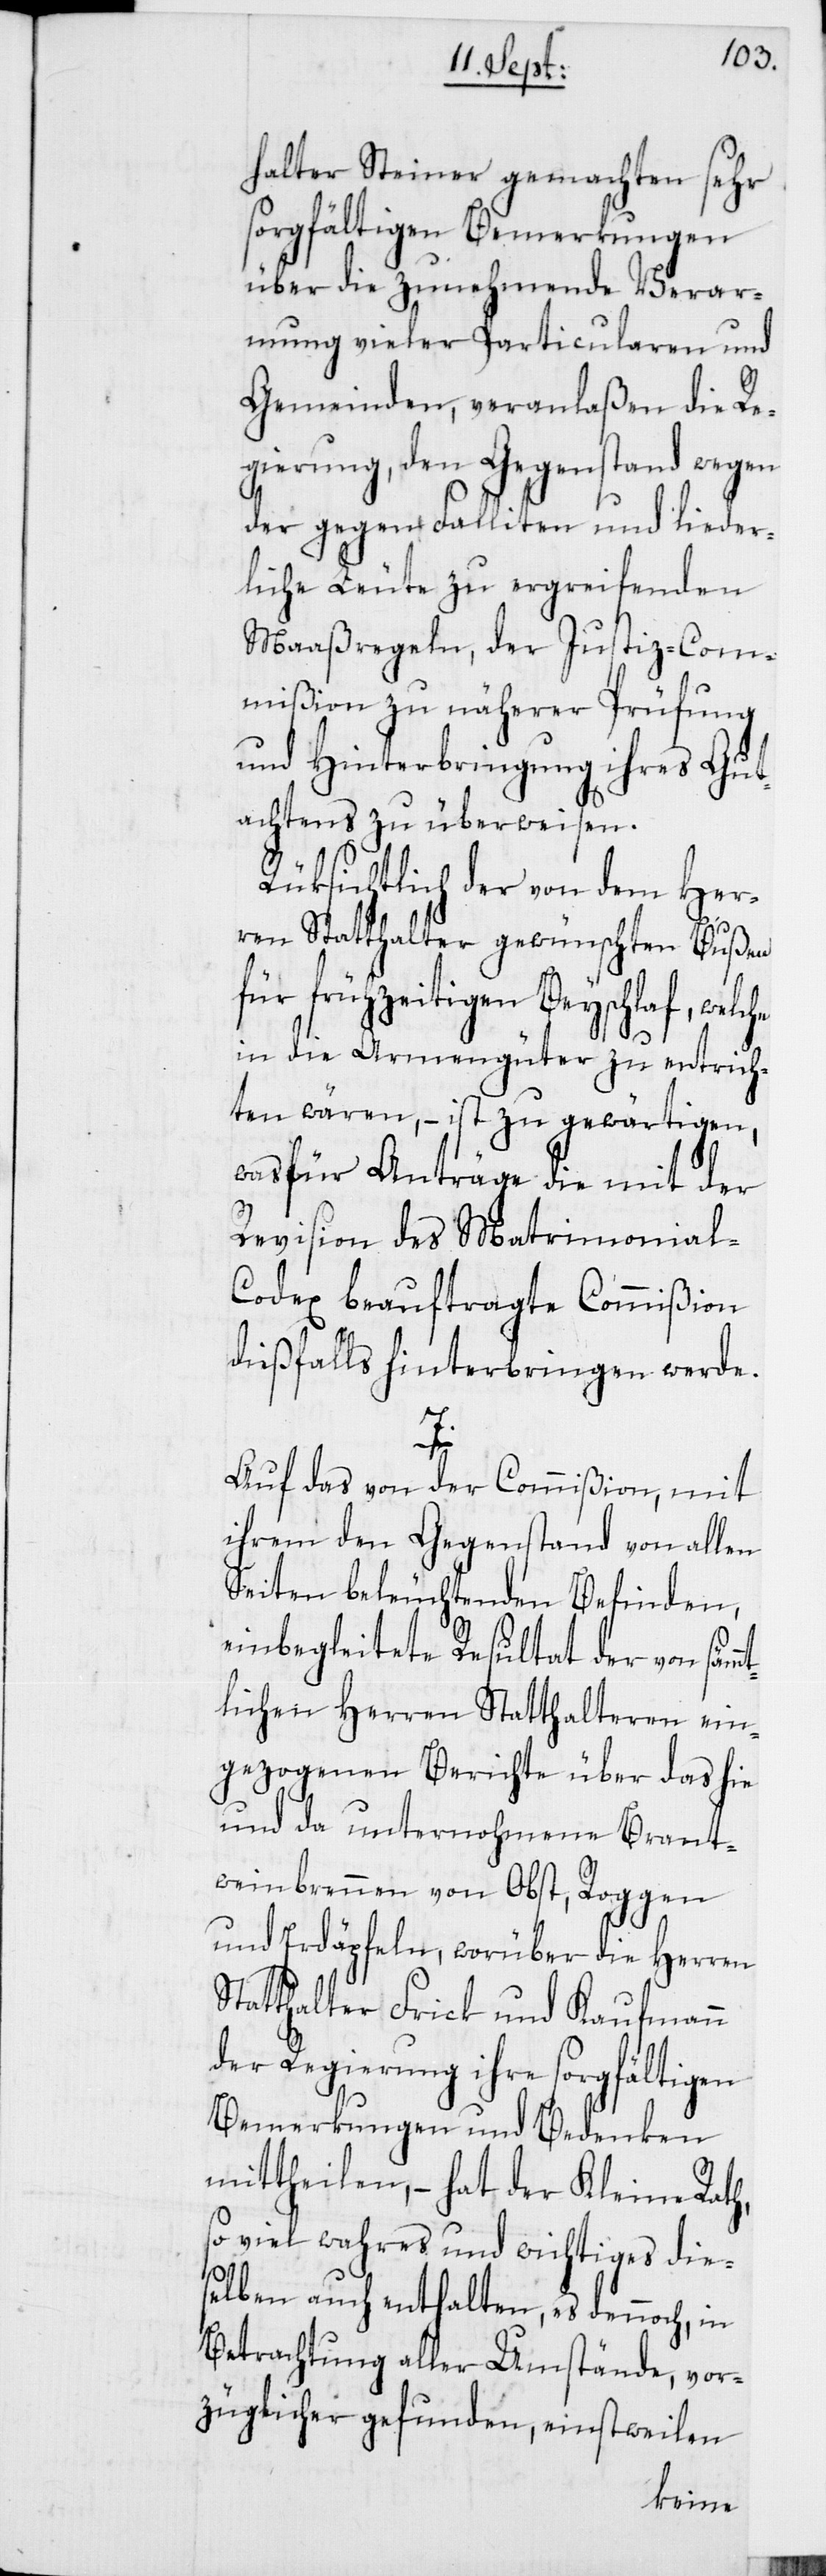
halter Steiner gemachten sehr
sorgfältigen Bemerkungen
über die zunehmende Verar¬
mung vieler Particularen und
Gemeinden, veranlaßen die Re¬
gierung, den Gegenstand wegen
der gegen Falliten und lieder¬
liche Leute zu ergreifenden
Maaßregeln, der Justiz-Com¬
mißion zu näherer Prüfung
und Hinterbringung ihres Gut¬
achtens zu überweisen.
Rüksichtlich der von dem Her¬
ren Statthalter gewünschten Bußen
für frühzeitigen Beyschlaf, welche
in die Armengüter zu entrich¬
ten wären, – ist zu gewärtigen,
wasfür Anträge die mit der
Revision des Matrimonial-C¬
odex beauftragte Commißion
dießfalls hinterbringen werde.
mt¬
Auf das von der Commißion, mit
ihrem den Gegenstand von allen
Seiten beleuchtenden Befinden,
einbegleitete Resultat der von säm¬
lichen Herren Statthalteren ein¬
gezogenen Berichte über das hie
und da unternohmene Brant¬
weinbrennen von Obst, Roggen
und Erdäpfeln, worüber die Herren
Statthalter Frick und Kaufmann
der Regierung ihre sorgfältigen
Bemerkungen und Bedenken
mittheilen, – hat der Kleine Rath,
soviel wahres und wichtiges die¬
selben auch enthalten, es dennoch, in
Betrachtung aller Umstände, vor¬
züglicher gefunden, einstweilen